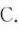
C.